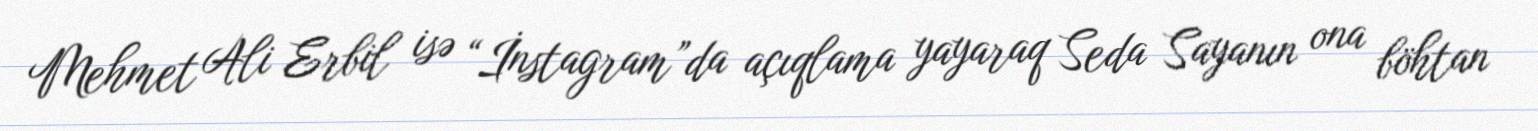
Mehmet Ali Erbil isə “İnstagram”da açıqlama yayaraq Seda Sayanın ona böhtan